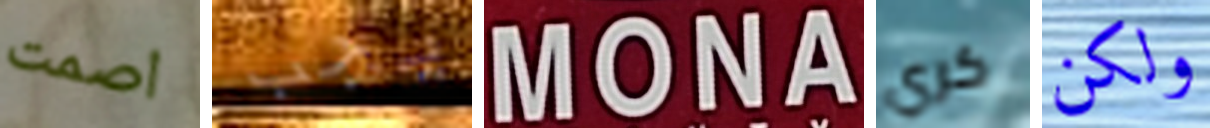
اصمت يجب MONA كري ولكن